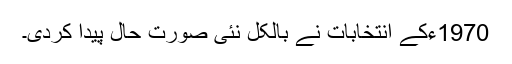
1970ءکے انتخابات نے بالکل نئی صورت حال پیدا کردی۔